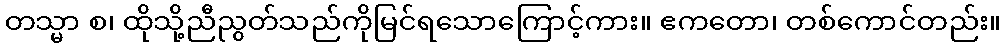
တသ္မာ စ၊ ထိုသို့ညီညွတ်သည်ကိုမြင်ရသောကြောင့်ကား။ ဧကတော၊ တစ်ကောင်တည်း။